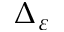
\Delta _ { \varepsilon }